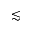
\lesssim